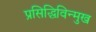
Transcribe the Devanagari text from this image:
प्रसिद्धिविन्मुख